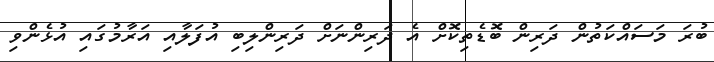
ބުރަ މަސައްކަތުން ދަރިން ބޮޑެތިކޮށް އެ ދަރިންނަށް ދަރިންލިބި އުފަލާއި އަރާމުގައި އުޅެންވި